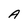
Character: A